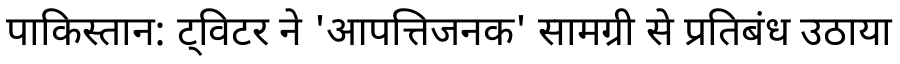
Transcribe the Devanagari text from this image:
पाकिस्तान: ट्विटर ने 'आपत्तिजनक' सामग्री से प्रतिबंध उठाया